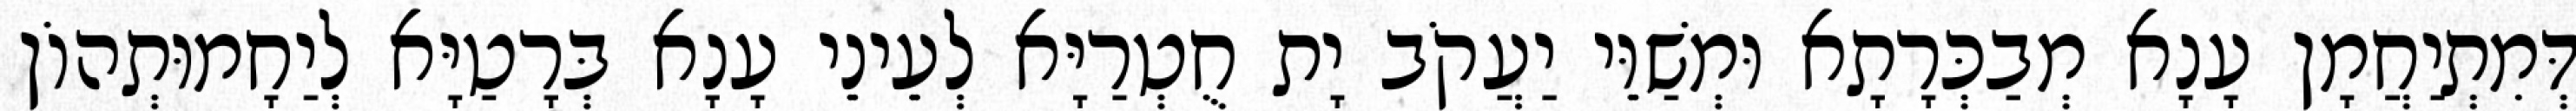
דְּמִתְיַחֲמָן עָנָא מְבַכְּרָתָא וּמְשַׁוֵּי יַעֲקֹב יָת חֻטְרַיָּא לְעֵינֵי עָנָא בְּרָטַיָּא לְיַחָמוּתְהוֹן